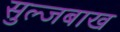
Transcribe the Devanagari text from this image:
सुल्जबाख